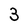
Character: 3